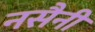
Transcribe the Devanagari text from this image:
नसैनी